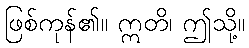
ဖြစ်ကုန်၏။ ဣတိ၊ ဤသို့။